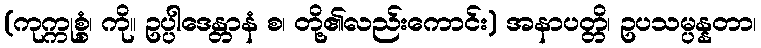
(ကုက္ကုစ္စံ၊ ကို။ ဥပ္ပါဒေန္တာနံ စ၊ တို့၏လည်းကောင်း) အနာပတ္တိ၊ ဥပသမ္ပန္နတာ၊